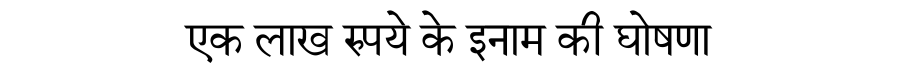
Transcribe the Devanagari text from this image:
एक लाख रुपये के इनाम की घोषणा